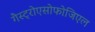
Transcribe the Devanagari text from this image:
गैस्ट्रोएसोफोजिएल